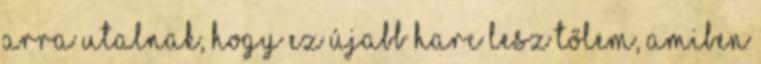
arra utalnak, hogy ez újabb harc lesz tőlem, amiben